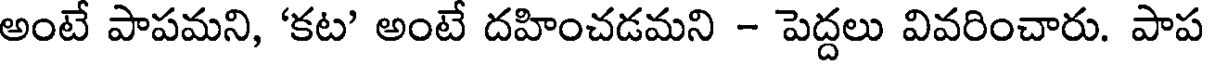
అంటే పాపమని, 'కట' అంటే దహించడమని - పెద్దలు వివరించారు. పాప